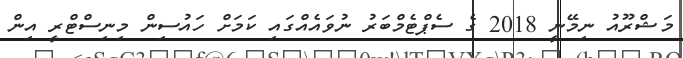
މަޝްރޫއު ނިމޭނީ 2018 ގެ ސެޕްޓެމްބަރު ނުވައެއްގައި ކަމަށް ހައުސިން މިނިސްޓްރީ އިން